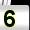
Digit: 5